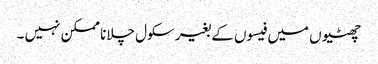
چھٹیوں میں فیسوں کے بغیر سکول چلانا ممکن نہیں ۔